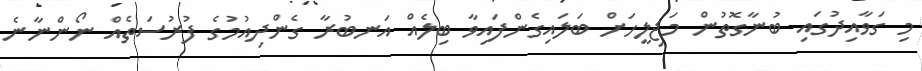
މި ގަވާއިދުގައި ބުނާގޮތުން މަޖިލީހަށް ބަލައިގެންފައިވާ ބިލެއް އަނބުރާ ގެންދިއުމުގެ ފުރުސަތެއް ނޯންނާނެ